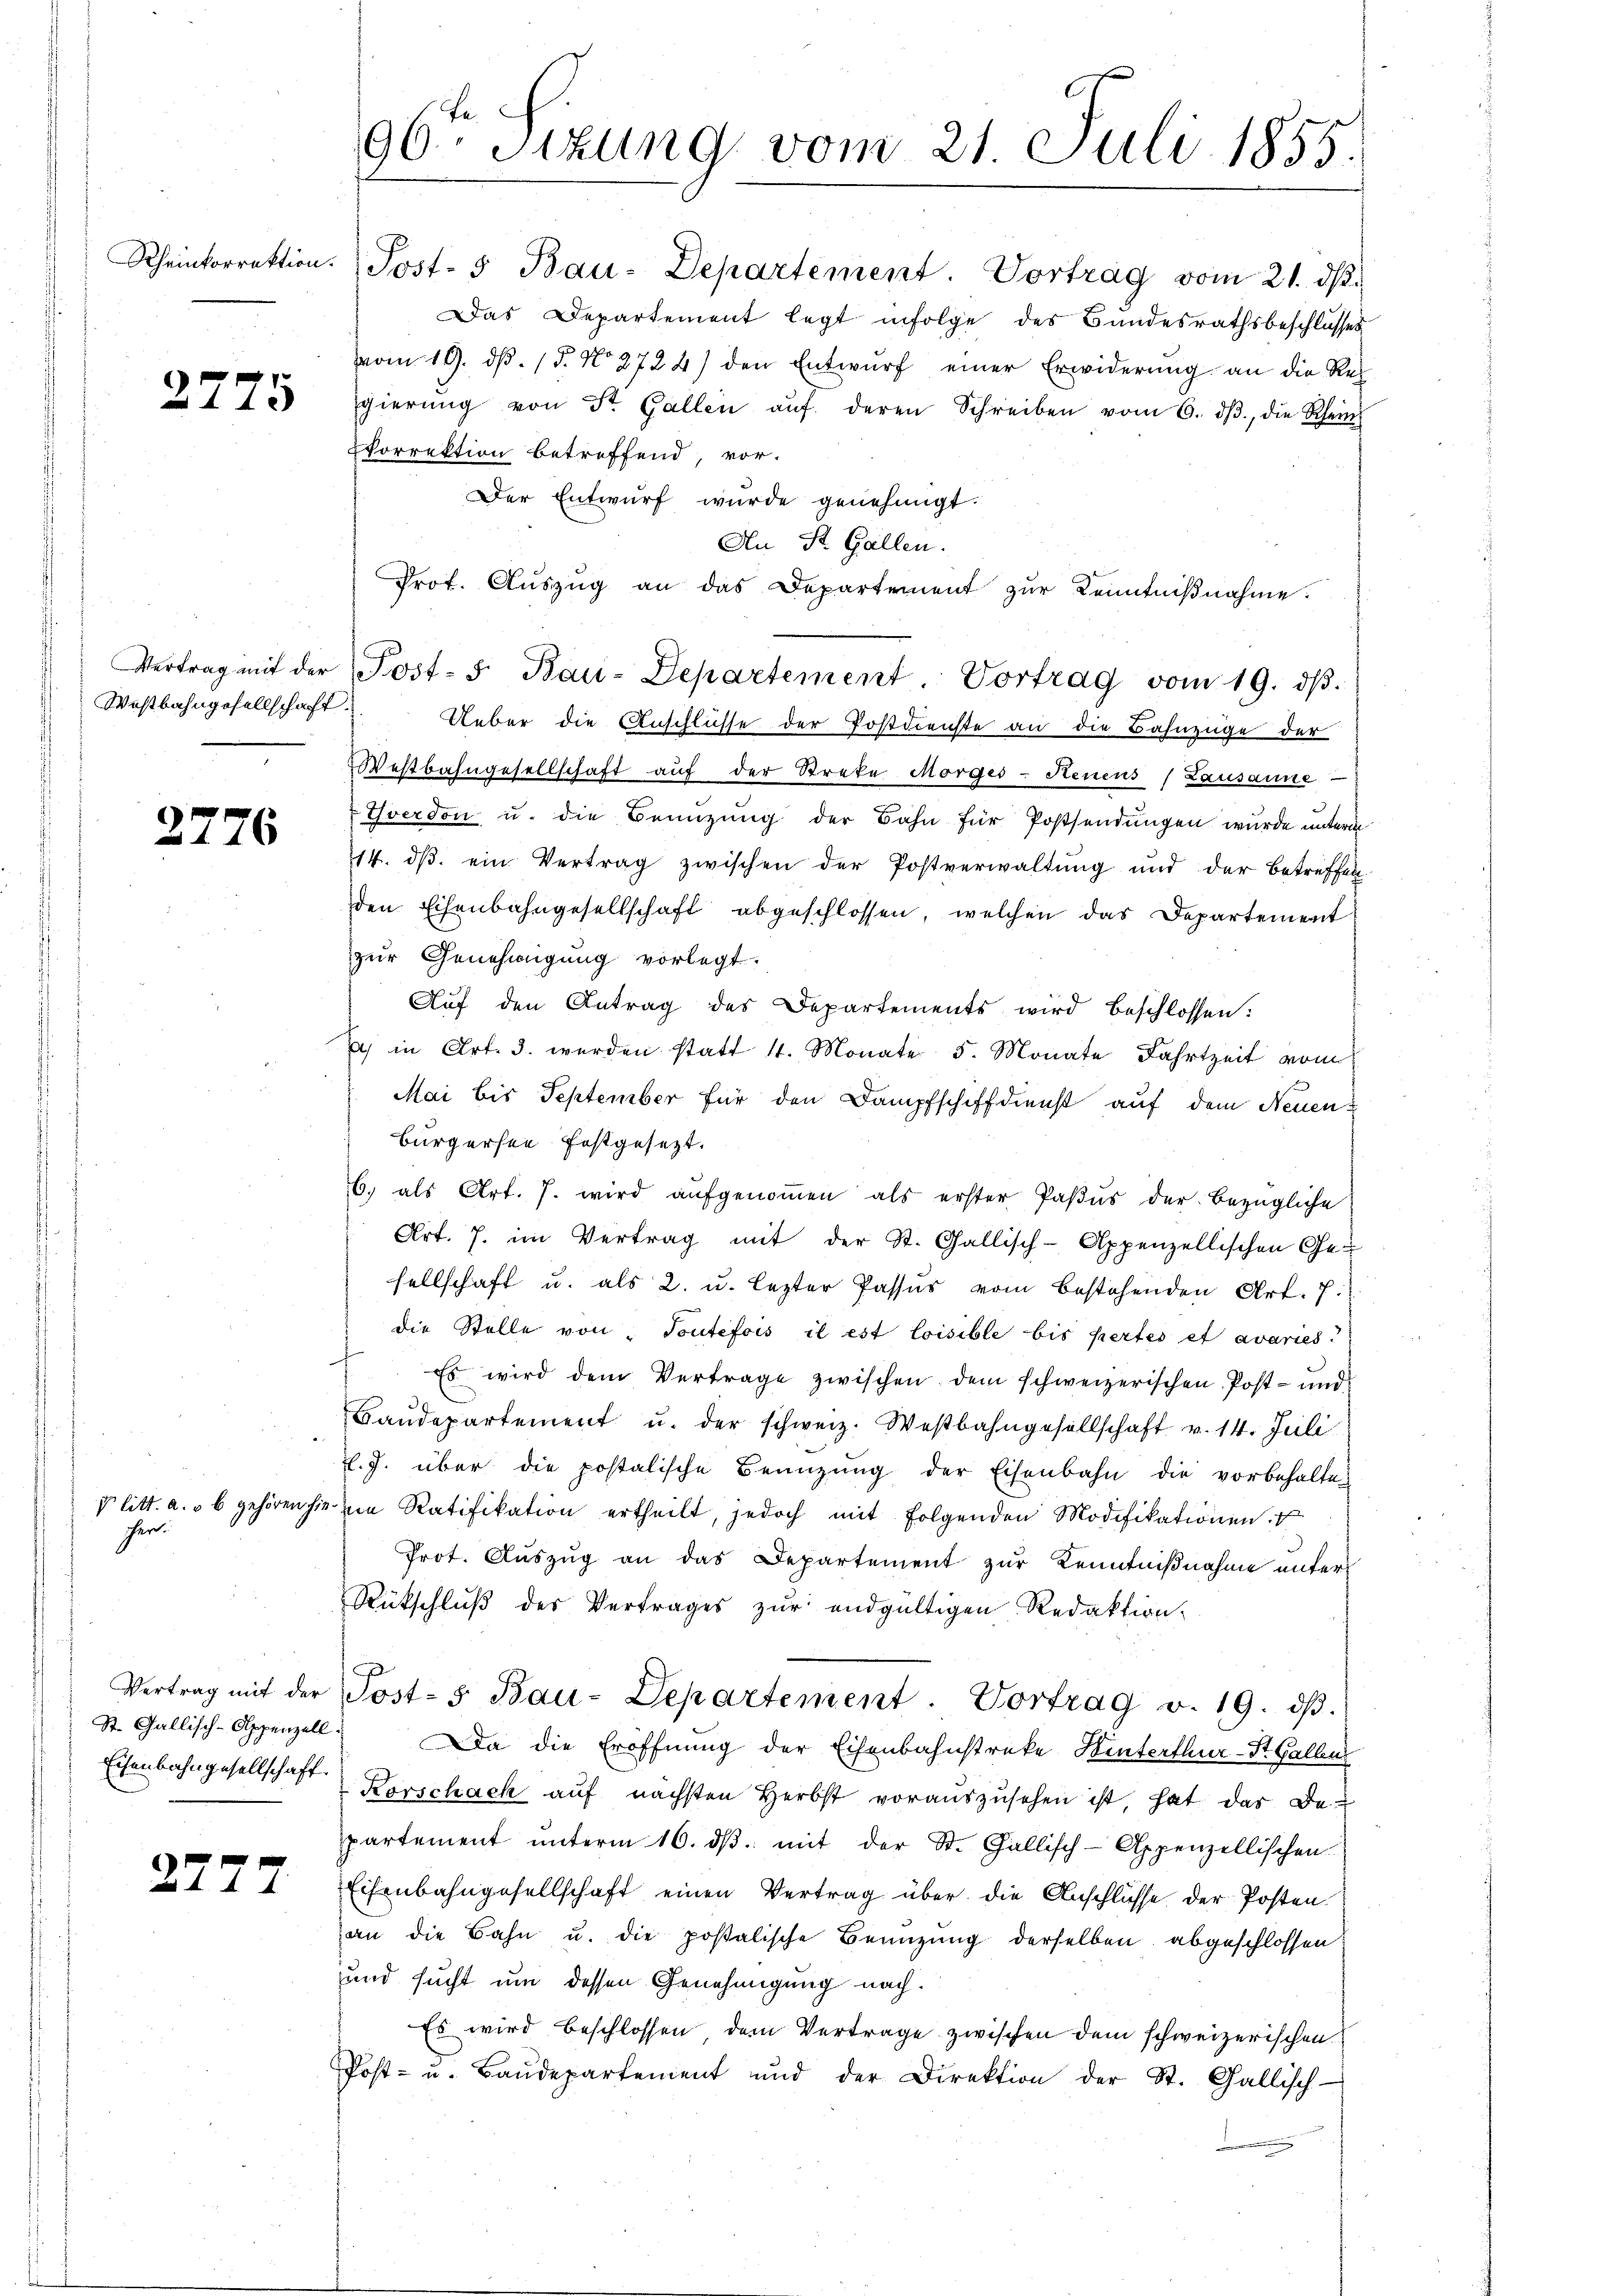
f
2115

Westbahngesellschaft.

2776

her.

2777.

96ten Sizung vom 21. Juli 1855.

vom 19. dβ. 15. No 2724) den Entwŭrf einer Erwiderŭng an die Rec
gierŭng von St. Gallen aŭf deren Schreiben vom 6. dβ, die Rhein
orrektion betreffend, vor¬
Der Entwurf wurde genehmigt.
An St. Gallen.
Prof. Auszug an das Departement zur Kenntnißnahme.
Ueber die Anschlüsse der Postdienste an die Bahnzüge der
Westbahngesellschaft auf der Streke Morges - Heuens (Lausanne
Yverdon u. die Benuzung der Bahn für Postsendungen wurde unter
714. dβ ein Vertrag zwischen der Postverwaltung und der betreffen.
den Eisenbahngesellschaft abgeschlossen, welchen das Departement
zur Genehmigung vorlegt.
Auf den Antrag des Departements wird beschlossen:
) in Art. 3. werden statt 4. Monate 5. Monate Fahrtzeit vom
Mai bis September für den Dampfschiffdienst auf dem Neuen
bürgersee festgesezt.
b. als Art. 7. wird aŭfgenoṁen als erster Paβŭs der bezügliche
Art. 7. im Vertrag mit der St. Gallisch-Appenzellischen Ge-
sellschaft u. als 2. u. lezter Passur vom bestehenden Art. 7.
die Stelle von Toutefois il est loisible bis pertes et avaries
" Es wird dem Vertrage zwischen dem schweizerischen Post- und
Baŭdepartement u. der schweiz. Westbahngesellschaft v. 14. Juli
l. J. über die postalische Benüzŭng der Eisenbahn die vorbehalte-
v litt. a. u. b gehören hieren Ratifikation ertheilt, jedoch mit folgenden Modifikationen
Prot. Aŭszŭg an das Departement zur Kenntnißnahme unter
Rütschlŭβ des Vertrages zŭr endgültigen Redaktion
Vertrag mit der Post-5 Bau-Departement. Vortrag v. 19. dβ.
St. Gallisch-Appenzell. Da die Eröffnung der Eisenbahnstreke Hinterthur-St. Gallens
Eisenbahngesellschaft Korschach aŭf nächsten Herbst voraŭszŭsehen ist, hat das Be-
partement ŭnterm 16. dβ mit der St. Gallisch-Appenzellischen
Eisenbahngesellschaft einen Vertrag über die Anschlüsse der Posten
an die Bahn u. die postalische Benuzung derselben abgeschlossen
und sucht um dessen Genehmigung nach¬
Es wird beschlossen dem Vertrage zwischen dem schweizerischen
Post- u. Baŭdepartement und der Direktion der St. Gallisch-

Rheintorrektion. Post- 5 Bau-Departement. Vortrag vom 21. dβ.
Das Departement legt infolge des Bundesrathsbeschlusses

Vertrag mit der Post- 5. Bau-Departement Vortrag vom 19. dβ.